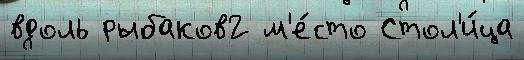
вдоль рыбаков2 м'е́сто Стол'и́ца